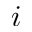
i